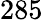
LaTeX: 285